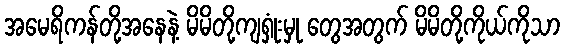
အမေရိကန်တို့အနေနဲ့ မိမိတို့ကျရှုံးမှု တွေအတွက် မိမိတို့ကိုယ်ကိုသာ